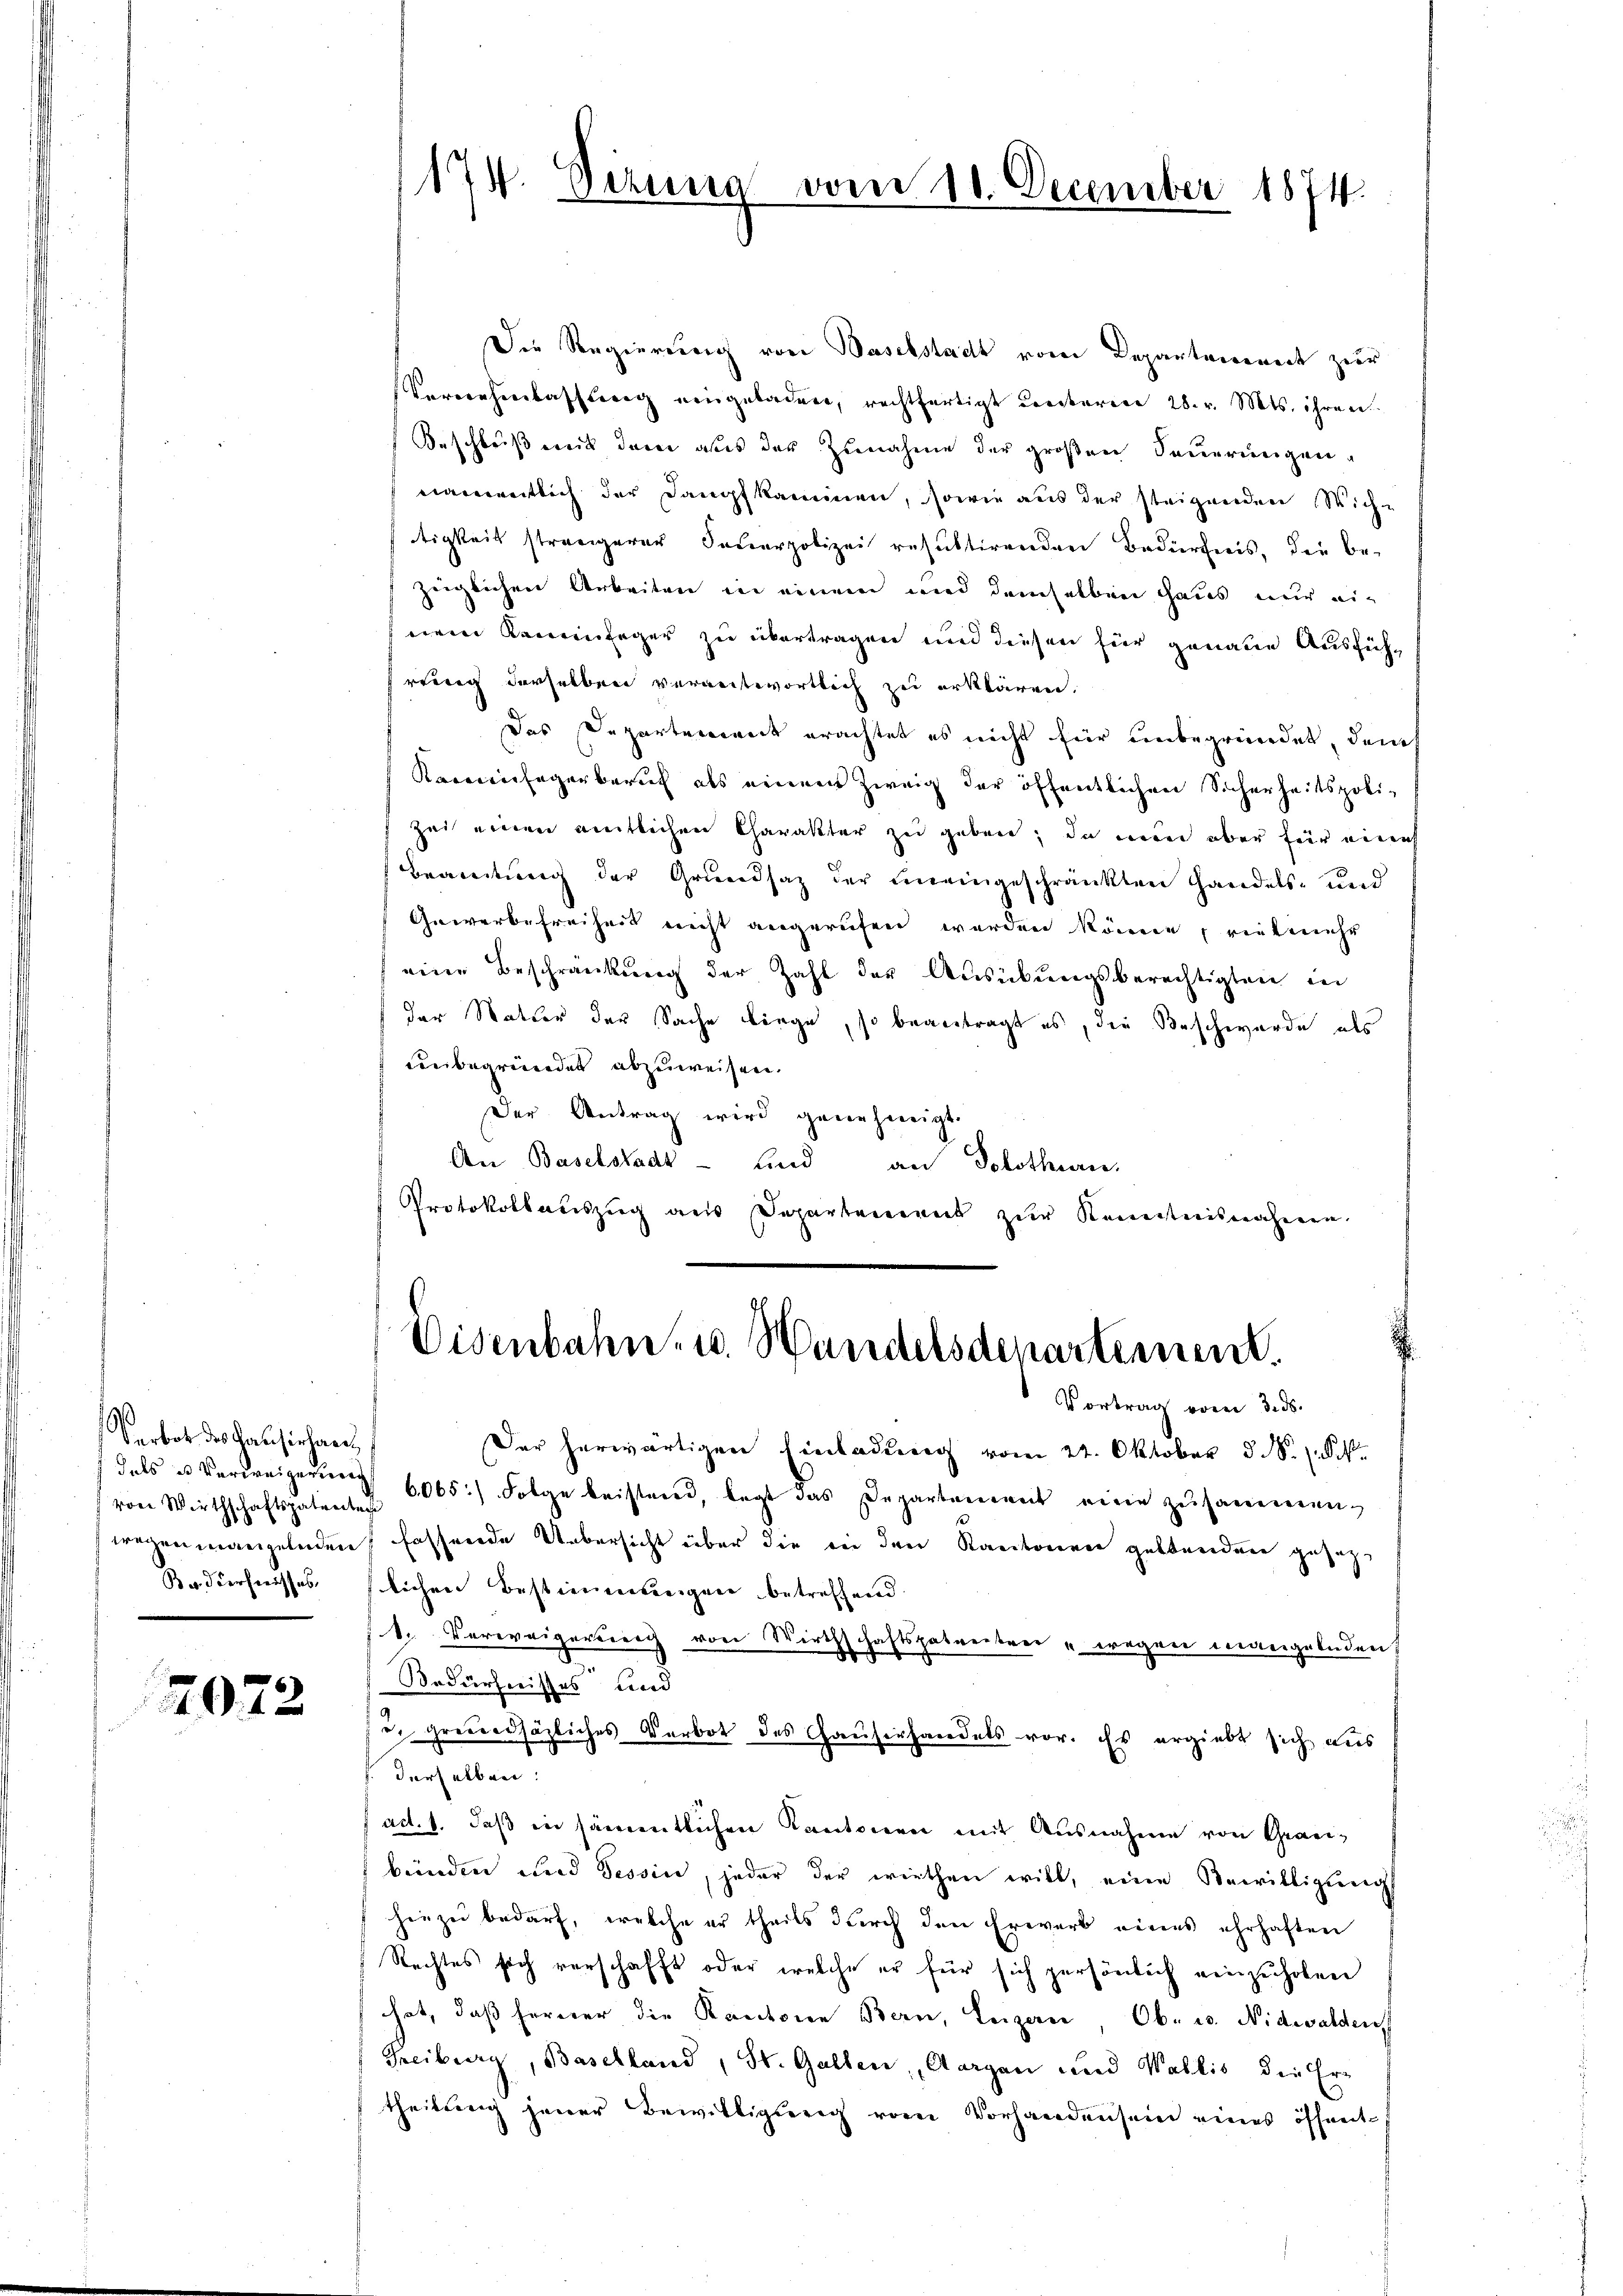
Verbot des Kausirhan
 von Wirthschaftspatreitage
Bedierheisses

2072

Die Regierung von Baselstadt vom Departemenart zur
Vereichenlassung eingeladen, rechtfertigt centarien 28. v. Mts. ihren.
Beschluß mit deren aus der Zunahme der großen Sauerungen
nanweitlich der Dampfkammen, sowie aus der steigenden Wiche
tigkeit strengerer Feŭerpolizei resultirenden Bedürfnis, die be-
zeiglichen Arbeiten in einem und demselben Haus nur eiferen Kamerinfeger zu übertragen und diesen für genaue Ausführrung derselben verantwortlich zu erklären.
Das Departement erachtet es nicht für unbegründet, den
Kareilagerberuf als einem Zweig der öffentlichen Sicherheitspoli-
zei einen amtlichen Charakter zu geben; da nun aber für eines
Beamtung der Grundsaz der eineingeschränkten Handels- und
Gewerbefreiheit nicht angerufen werden könne, vielmehr
eine Beschränkung der Zahl der Aŭsübŭngsberechtigten in
der Watter der Sache Liege, so beantragt es, die Beschwerde als
uerbegründet abzuweisen.
Der Antrag wird genehmigt.
An Baselstadt- und an Solothurn,
Protokollauszug aus Departement zur Kenntnisnahmen.
Eisenbahn- u. Wandelsdepartement.
Vortrag vom 3. ds.
Der herwärtigen Einladung vom 22. Oktober §. 1 Pk
dals u. Verweigerung 6065.) Folge beistand, legt das Departement eine zusammenwegen mangelnden fassende Uebersicht über die bei den Kantonen gestanden gesezlichen Bestimmungen betreffend
1. Verweigerung von Wirthschaftspatentrer "wegen mangelnden
Bedürfnisses und
u. grundsätzliches Verbot des Hauserhandels vor. Es ergiebt sich aus
derselben.
ad. 1. daβ in sämmtlichen Kantonen mit Ausnahme von Graubünden und Tessin, jeder der wirthen will, eine Bewilligung
hiezu bedarf, welche er theils durch den Erwarb eines ehrhaften
Rechtes sich verschafft oder welche er für sich persönlich einzuholen
hat, daß ferner die Kantonen Bern, Luzern Ob- u. Nidwalden
Freiburg, Baselland, St. Gallen, Aargau und Wallis, die Ertheilung jener Bewilligung vom Vorhandensein eines öffent

174. Derung

vom 10. December 1874.